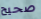
صحيح